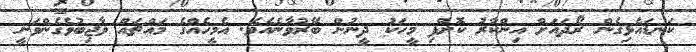
ކަނޑައެޅިގެން ރޯދައަށް އިންކާރު ކޮށްފި މީހަކު ދީނުން ބޭރުވާނެއެވެ. އެމީހެއްގެ މައްޗައް ވާޖިބުވެގެންވަނީ